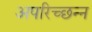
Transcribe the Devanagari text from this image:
अपरिच्छन्न